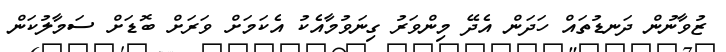
ޒުވާނުން ދަނޑުތައް ހަދަން އެދޭ މިންވަރު ގިނަވުމާއެކު އެކަމަށް ވަރަށް ބޮޑަށް ސަމާލުކަން